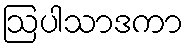
ဩပါသာဒကာ